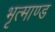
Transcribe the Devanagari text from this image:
भृत्माण्ड